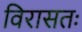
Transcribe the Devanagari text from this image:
विरासतः